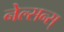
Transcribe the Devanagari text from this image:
नेल्सन्स्